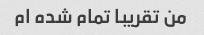
من تقریبا تمام شده ام